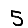
Digit: 5